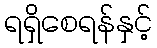
ရရှိစေရန်နှင့်